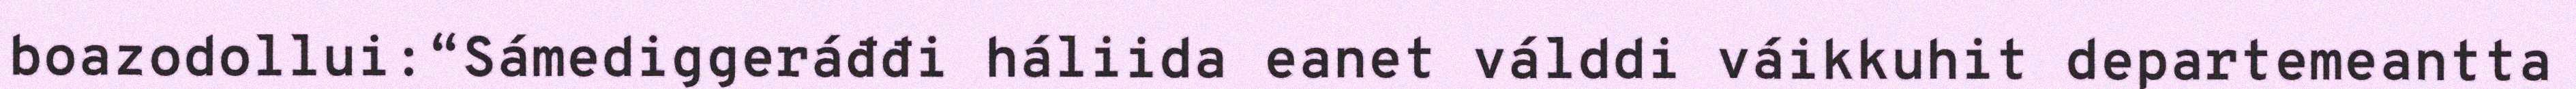
boazodollui:“Sámediggeráđđi háliida eanet válddi váikkuhit departemeantta